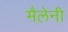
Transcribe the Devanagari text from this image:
मैलेनी